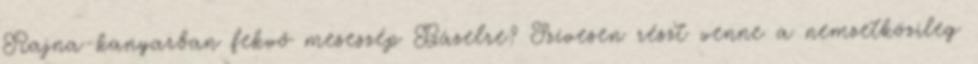
Rajna-kanyarban fekvő meseszép Bázelre? Szívesen részt venne a nemzetközileg